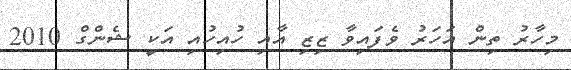
މިހާރު ތިން އަހަރު ވެފައިވާ ޒިޒި އާއި ހުއިހުއި އަކީ ޝެންގް 2010